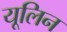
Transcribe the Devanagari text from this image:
यूलिन